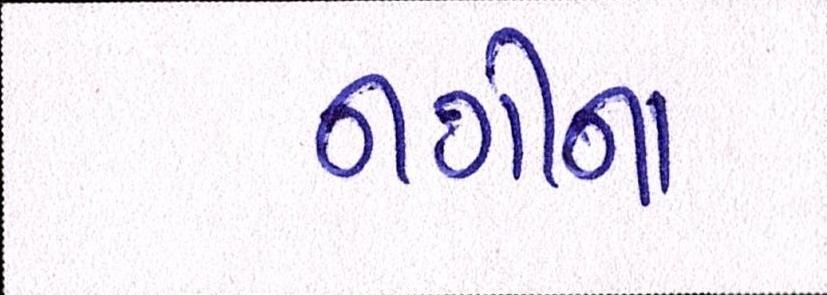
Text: નગીના